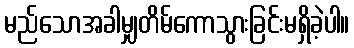
မည်သောအခါမျှတိမ်ကောသွားခြင်းမရှိခဲ့ပါ။